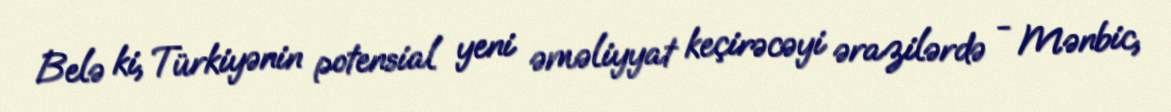
Belə ki, Türkiyənin potensial yeni əməliyyat keçirəcəyi ərazilərdə - Mənbic,